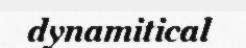
dynamitical